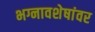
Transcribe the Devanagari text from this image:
भग्नावशेषांवर